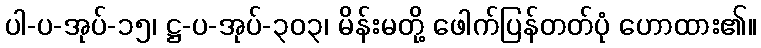
ပါ-ပ-အုပ်-၁၅၊ ဋ္ဌ-ပ-အုပ်-၃၀၃၊ မိန်းမတို့ ဖေါက်ပြန်တတ်ပုံ ဟောထား၏။